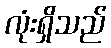
လုံးရှိသည်